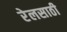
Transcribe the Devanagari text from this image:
रेलसाठी